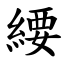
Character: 䌁